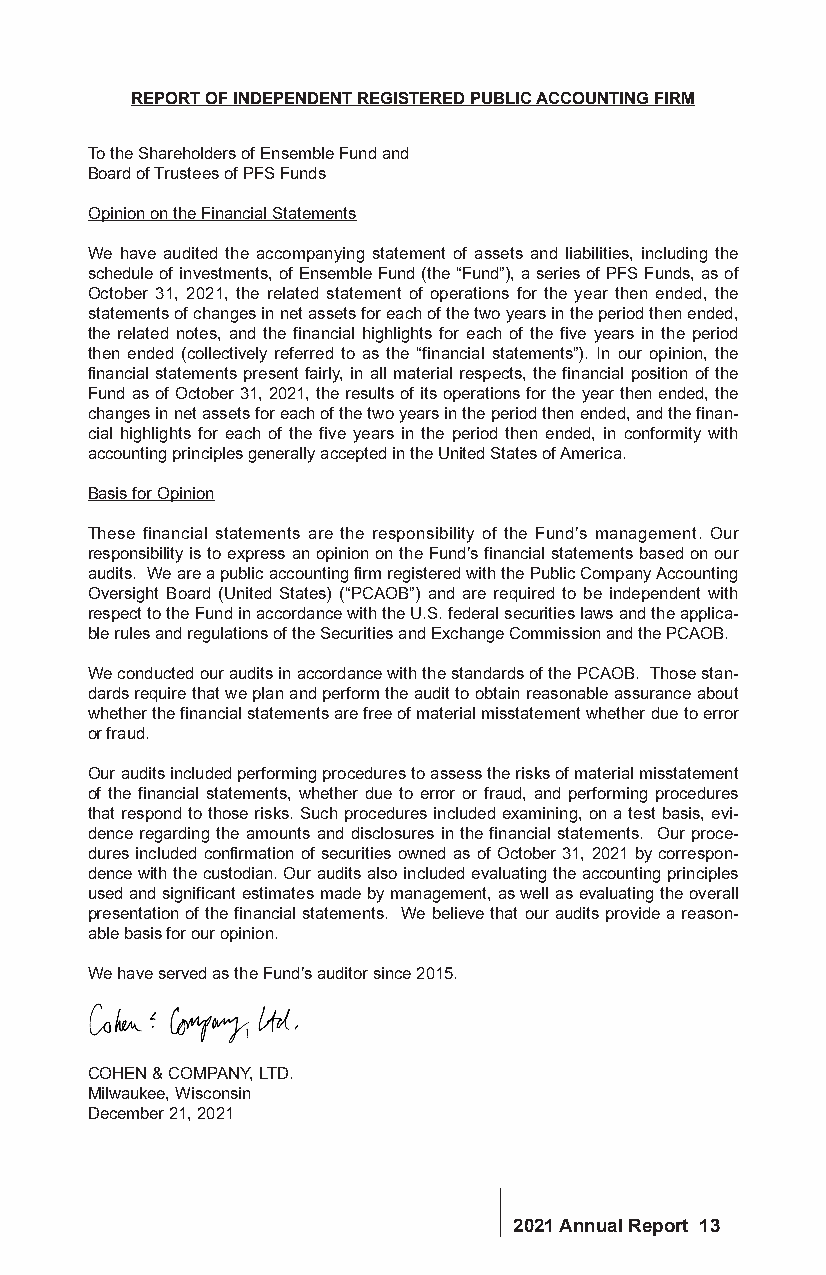
REPORT OF INDEPENDENT REGISTERED PUBLIC ACCOUNTING FIRM
 To the Shareholders of Ensemble Fund and
 Board of Trustees of PFS Funds
 Opinion on the Financial Statements
 We have audited the accompanying statement of assets and liabilities, including the
 schedule of investments, of Ensemble Fund (the “Fund”), a series of PFS Funds, as of
 October 31, 2021, the related statement of operations for the year then ended, the
 statements of changes in net assets for each of the two years in the period then ended,
 the related notes, and the financial highlights for each of the five years in the period
 then ended (collectively referred to as the “financial statements”). In our opinion, the
 financial statements present fairly, in all material respects, the financial position of the
 Fund as of October 31, 2021, the results of its operations for the year then ended, the
 changes in net assets for each of the two years in the period then ended, and the finan-
 cial highlights for each of the five years in the period then ended, in conformity with
 accounting principles generally accepted in the United States of America.
 Basis for Opinion
 These financial statements are the responsibility of the Fund’s management. Our
 responsibility is to express an opinion on the Fund’s financial statements based on our
 audits. We are a public accounting firm registered with the Public Company Accounting
 Oversight Board (United States) (“PCAOB”) and are required to be independent with
 respect to the Fund in accordance with the U.S. federal securities laws and the applica-
 ble rules and regulations of the Securities and Exchange Commission and the PCAOB.
 We conducted our audits in accordance with the standards of the PCAOB. Those stan-
 dards require that we plan and perform the audit to obtain reasonable assurance about
 whether the financial statements are free of material misstatement whether due to error
 or fraud.
 Our audits included performing procedures to assess the risks of material misstatement
 of the financial statements, whether due to error or fraud, and performing procedures
 that respond to those risks. Such procedures included examining, on a test basis, evi-
 dence regarding the amounts and disclosures in the financial statements. Our proce-
 dures included confirmation of securities owned as of October 31, 2021 by correspon-
 dence with the custodian. Our audits also included evaluating the accounting principles
 used and significant estimates made by management, as well as evaluating the overall
 presentation of the financial statements. We believe that our audits provide a reason-
 able basis for our opinion.
 We have served as the Fund’s auditor since 2015.
 COHEN & COMPANY, LTD.
 Milwaukee, Wisconsin
 December 21, 2021
 2021 Annual Report 13